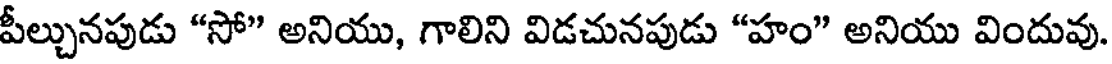
పీల్చునపుడు "సో" అనియు, గాలిని విడచునపుడు "హం" అనియు విందువు.